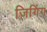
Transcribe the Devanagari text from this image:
जिगिंग